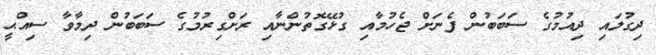
ދިގުލައި ދިއުމުގެ ސަބަބުން ފެނަށް ޖެހުމާއި ގުޅޭގޮތުންނާއި ރަށްގިރުމުގެ ސަބަބުން ދިމާވާ ސިއްޙީ